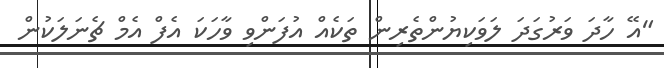
"އޭ ހާދަ ވަރުގަދަ ލަވަކިޔުންތެރިން ތަކެއް އުފަންވި ވާހަކަ އެފް އެމް ޗެނަލަކުން